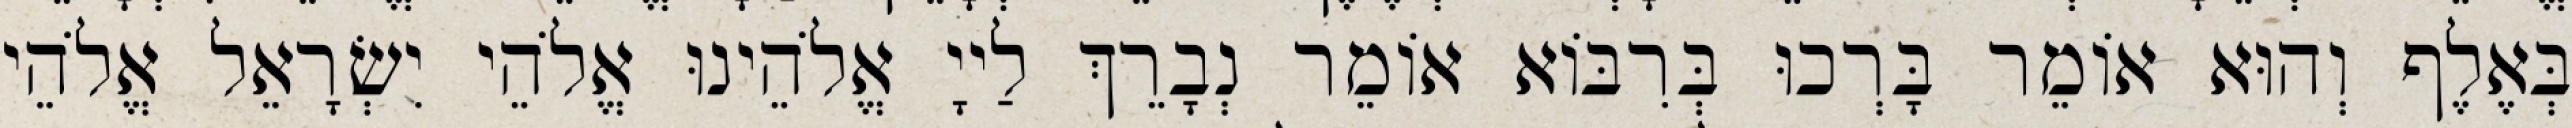
בְּאֶלֶף וְהוּא אוֹמֵר בָּרְכוּ בְּרִבּוֹא אוֹמֵר נְבָרֵךְ לַייָ אֱלֹהֵינוּ אֱלֹהֵי יִשְׂרָאֵל אֱלֹהֵי